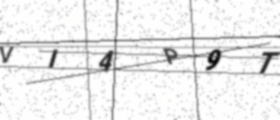
Text: VI4P9T